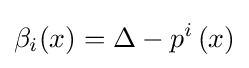
\beta _{i}(x)=\Delta -p^{i}\left(x\right)